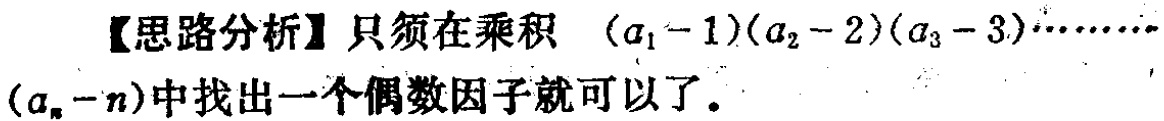
【思路分析】只须在乘积 \((a_{1}-1)(a_{2}-2)(a_{3}-3)\cdots\cdots(a_{n}-n)\)中找出一个偶数因子就可以了。